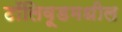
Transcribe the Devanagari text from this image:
टॉलिवूडमधील